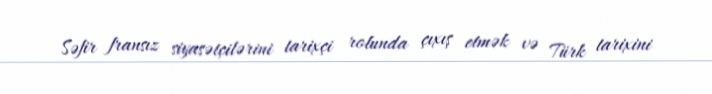
Səfir fransız siyasətçilərini tarixçi rolunda çıxış etmək və Türk tarixini